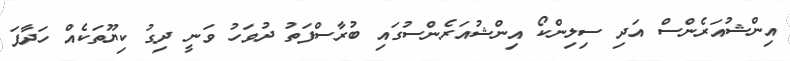
އިންޝުއަރެންސް އަދި ސިލިންކޯ އިންޝުއަރެންސުގައި ބުރާސްފަތު ދުވަހު ވަނީ ދިގު ކިޔޫތަކެއް ހަދާފަ